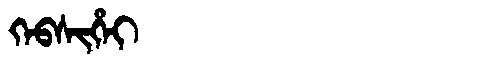
Manchu: ᡴᡝᠪᠰᡳᡥᡝᡳ
Romanization: KEBSIHEI